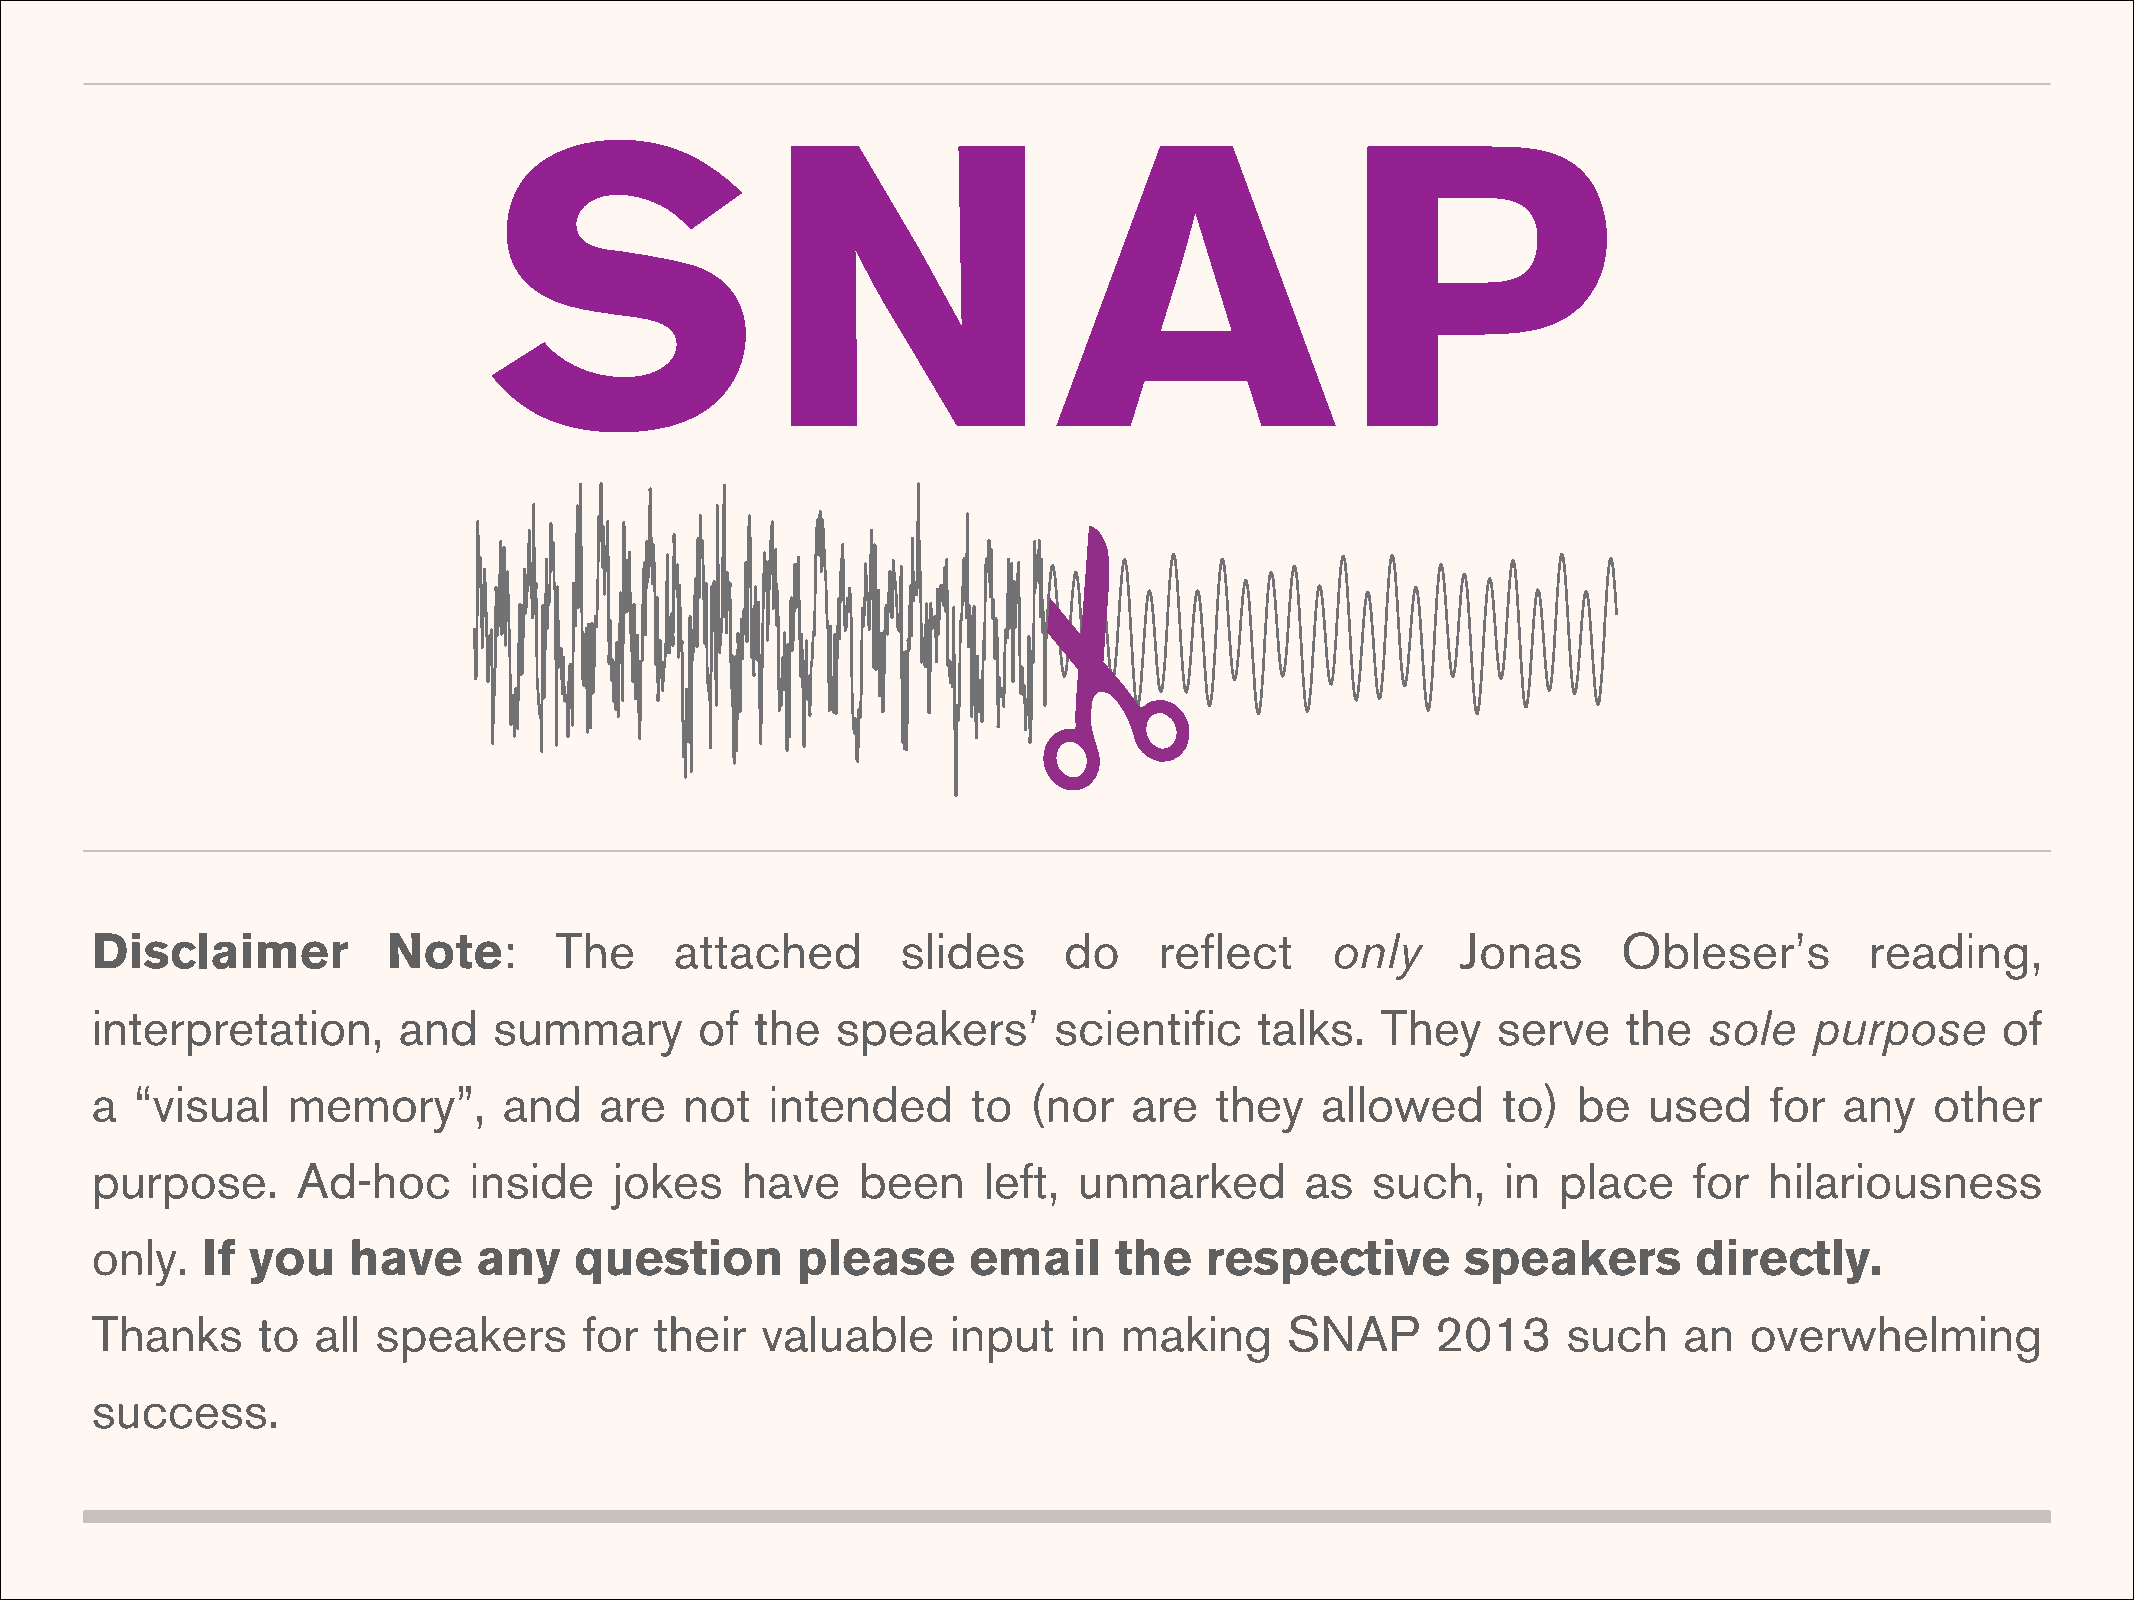
SNAP
 Disclaimer          Note:      The     attached       slides    do     reflect    only     Jonas     Obleser’s        reading,
 interpretation,     and    summary      of  the  speakers’      scientific   talks.  They    serve    the  sole   purpose     of
 a  “visual   memory”,      and    are  not   intended     to  (nor   are  they   allowed     to)  be   used    for  any   other
 purpose.      Ad-hoc     inside    jokes   have    been    left, unmarked       as   such,    in place    for  hilariousness
 only.  If you    have     any   question       please     email     the   respective       speakers       directly.
 Thanks     to  all speakers      for their  valuable     input   in making     SNAP      2013     such   an   overwhelming
 success.